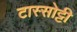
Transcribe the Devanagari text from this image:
टास्सोट्टी